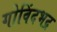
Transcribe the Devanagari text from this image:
गोविंदभद्र